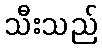
သီးသည်